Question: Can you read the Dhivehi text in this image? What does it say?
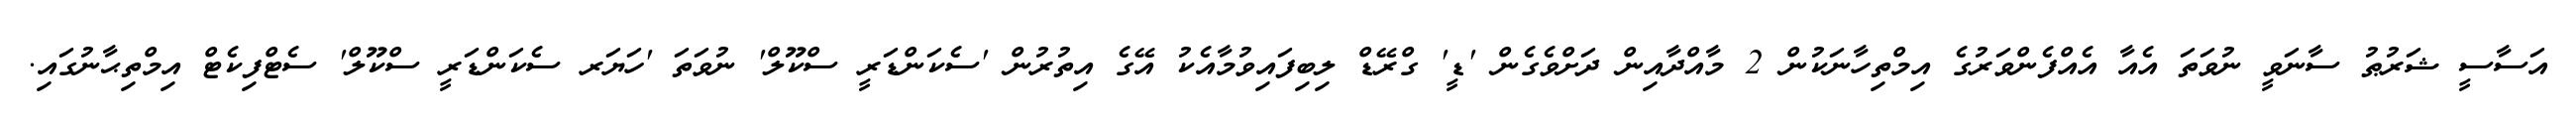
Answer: އަސާސީ ޝަރުޠު ސާނަވީ ނުވަތަ އެއާ އެއްފެންވަރުގެ އިމްތިހާނަކުން 2 މާއްދާއިން ދަށްވެގެން 'ޑީ' ގްރޭޑް ލިބިފައިވުމާއެކު އޭގެ އިތުރުން 'ސެކަންޑަރީ ސްކޫލް' ނުވަތަ 'ހަޔަރ ސެކަންޑަރީ ސްކޫލް' ސެޓްފިކެޓް އިމްތިޙާނުގައި.